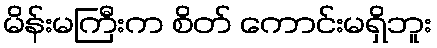
မိန်းမကြီးက စိတ် ကောင်းမရှိဘူး